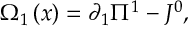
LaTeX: \Omega _ { 1 } \left( x \right) = \partial _ { 1 } \Pi ^ { 1 } - J ^ { 0 } ,